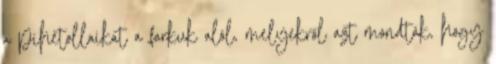
a pihetollaikat a farkuk alól, melyekről azt mondták, hogy